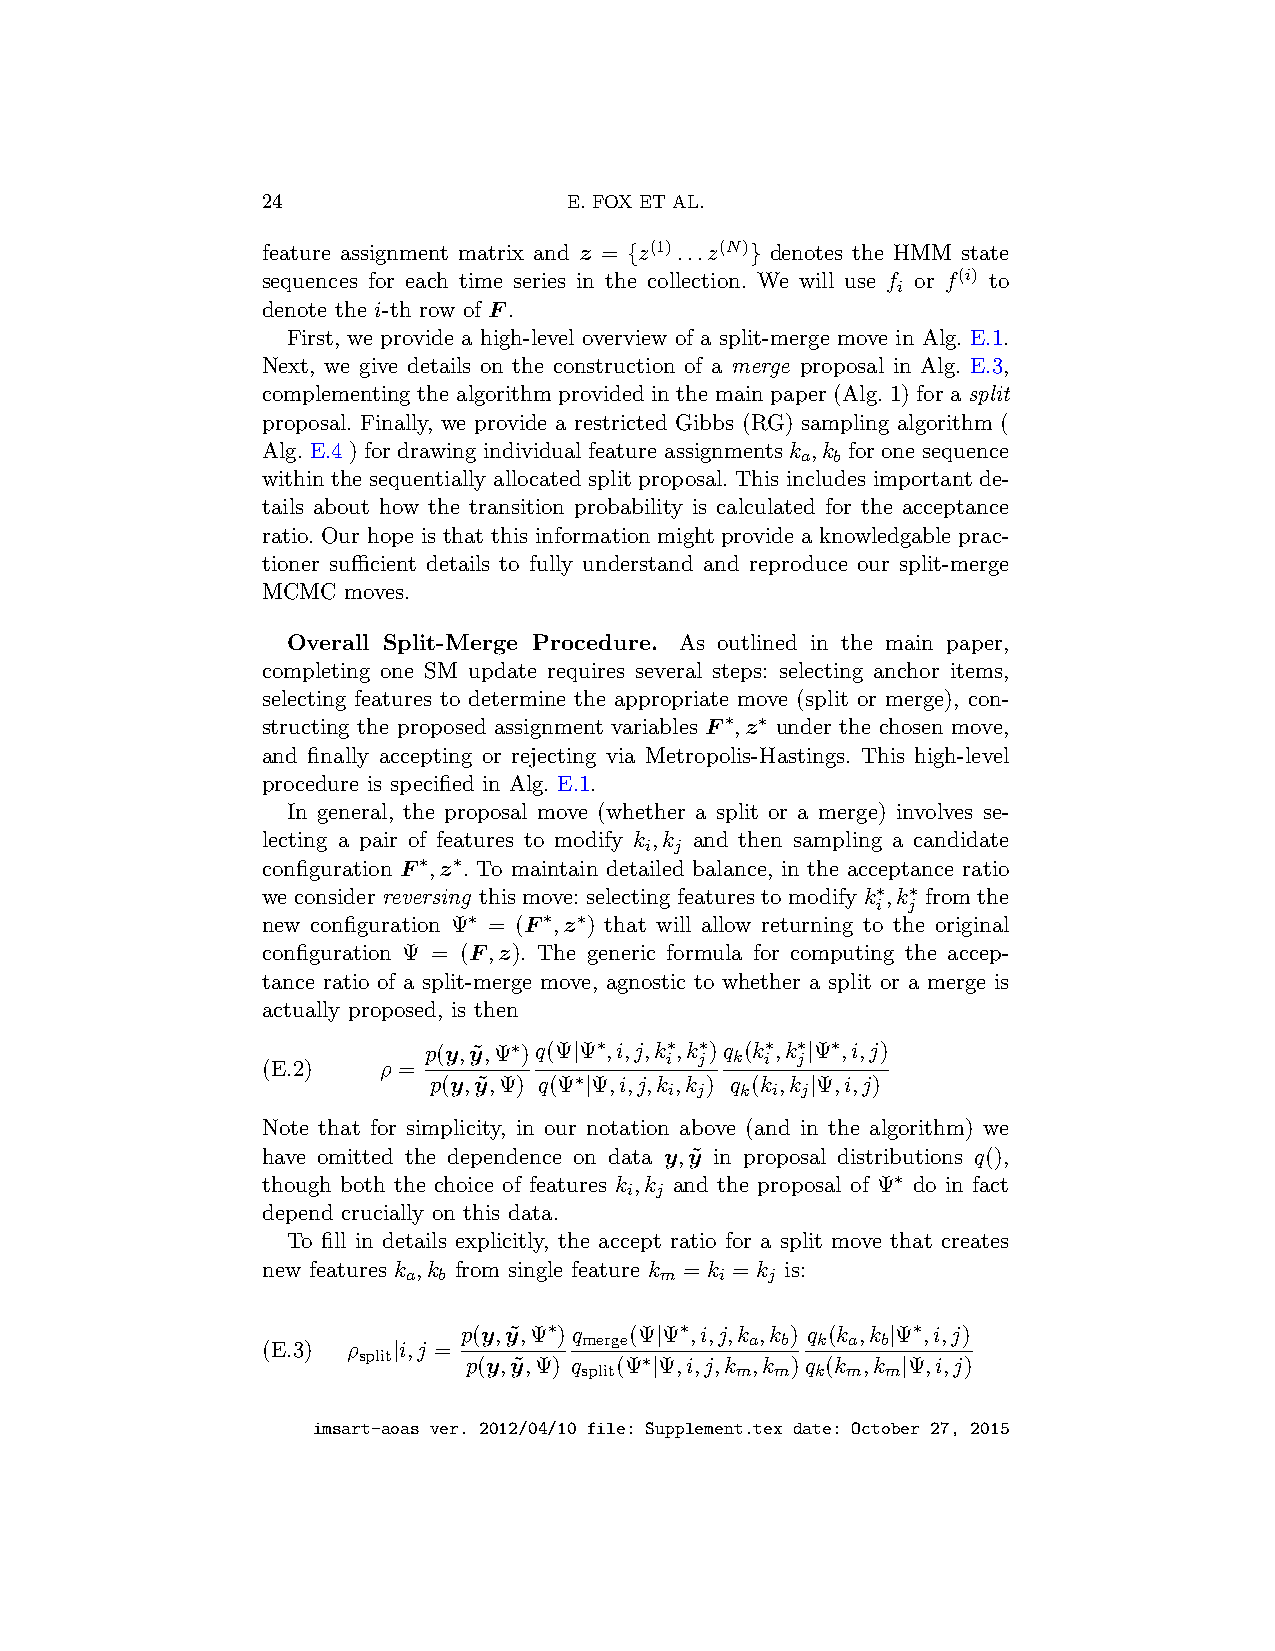
24                   E. FOX ET AL.
 feature assignment matrix and z = {z(1)...z(N)} denotes the HMM state
 sequences for each time series in the collection. We will use f or f(i) to
 i
 denote the i-th row of F.
 First, we provide a high-level overview of a split-merge move in Alg. E.1.
 Next, we give details on the construction of a merge proposal in Alg. E.3,
 complementing the algorithm provided in the main paper (Alg. 1) for a split
 proposal. Finally, we provide a restricted Gibbs (RG) sampling algorithm (
 Alg. E.4 ) for drawing individual feature assignments k ,k for one sequence
 a b
 within the sequentially allocated split proposal. This includes important de-
 tails about how the transition probability is calculated for the acceptance
 ratio. Our hope is that this information might provide a knowledgable prac-
 tioner sufficient details to fully understand and reproduce our split-merge
 MCMC  moves.
 Overall Split-Merge Procedure. As outlined in the main paper,
 completing one SM update requires several steps: selecting anchor items,
 selecting features to determine the appropriate move (split or merge), con-
 structing the proposed assignment variables F∗,z∗ under the chosen move,
 and finally accepting or rejecting via Metropolis-Hastings. This high-level
 procedure is specified in Alg. E.1.
 In general, the proposal move (whether a split or a merge) involves se-
 lecting a pair of features to modify k ,k and then sampling a candidate
 i j
 configuration F∗,z∗. To maintain detailed balance, in the acceptance ratio
 we consider reversing this move: selecting features to modify k∗,k∗ from the
 i j
 new configuration Ψ∗ = (F∗,z∗) that will allow returning to the original
 configuration Ψ = (F,z). The generic formula for computing the accep-
 tance ratio of a split-merge move, agnostic to whether a split or a merge is
 actually proposed, is then
 p(y,y˜,Ψ∗)q(Ψ|Ψ∗,i,j,k i∗,k j∗)q k(k i∗,k j∗|Ψ∗,i,j)
 (E.2)   ρ =
 p(y,y˜,Ψ) q(Ψ∗|Ψ,i,j,k ,k ) q (k ,k |Ψ,i,j)
 i j  k i j
 Note that for simplicity, in our notation above (and in the algorithm) we
 have omitted the dependence on data y,y˜ in proposal distributions q(),
 though both the choice of features k ,k and the proposal of Ψ∗ do in fact
 i j
 depend crucially on this data.
 To fill in details explicitly, the accept ratio for a split move that creates
 new features k ,k from single feature k = k = k is:
 a b              m   i  j
 p(y,y˜,Ψ∗)q (Ψ|Ψ∗,i,j,k ,k ) q (k ,k |Ψ∗,i,j)
 merge      a b k a b
 (E.3) ρ  |i,j =
 split  p(y,y˜,Ψ) q (Ψ∗|Ψ,i,j,k ,k )q (k ,k |Ψ,i,j)
 split      m m  k m  m
 imsart-aoas ver. 2012/04/10 file: Supplement.tex date: October 27, 2015